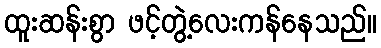
ထူးဆန်းစွာ ဖင့်တွဲ့လေးကန်နေသည်။